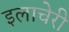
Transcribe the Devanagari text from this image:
इलाचेरी